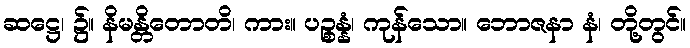
ဆဋ္ဌေ၊ ၌။ နိမန္တိတောတိ၊ ကား။ ပဉ္စန္နံ၊ ကုန်သော။ ဘောဇနာ နံ၊ တို့တွင်။